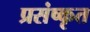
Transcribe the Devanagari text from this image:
प्रसंष्कृत